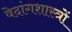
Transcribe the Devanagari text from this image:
वेदांगशास्त्रों